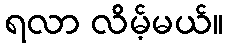
ရလာ လိမ့်မယ်။